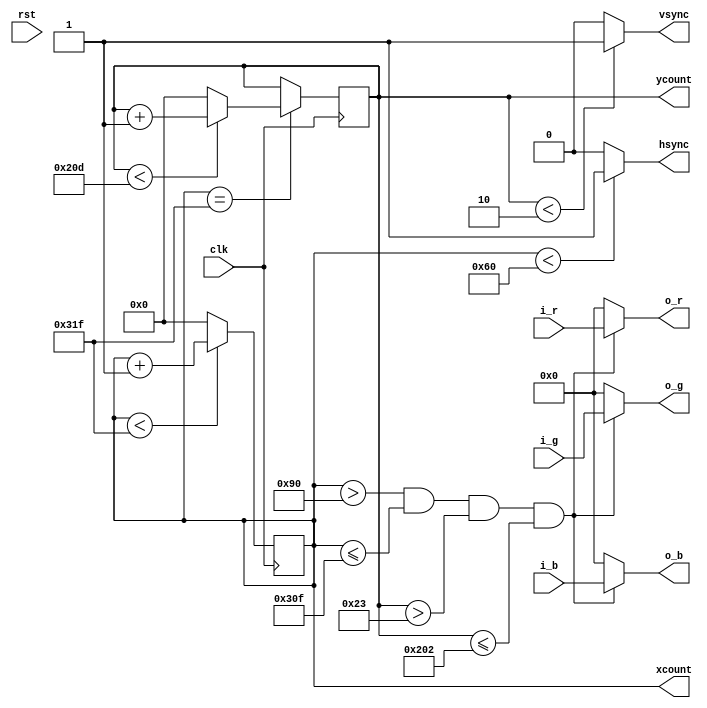
//CREATED BY DYLLON DUNTON AND JACOB WILDES
//ADAPTED FROM https://github.com/dominic-meads/Quartus-Projects
//LAST UPDATED 12/02/21


//THIS MODULE SYNCS TOGETHER THE FPGA BOARD AND THE EXTERNAL MONITOR AND ALLOWS US TO CHANGE PIXEL COLORS

module vgaDriver(
	input clk, // 25mHz clock is needed for the VGADRIVER
	input rst, // The reset will turn off the connection to the VGA DRIVER
	input [3:0] i_r, //red color channel coming from colorZones.v
	input [3:0] i_g, //green color channel coming from colorZones.v
	input [3:0] i_b, //blue color channel coming from colorZones.v
	output vsync, //Vertical Sync
	output hsync, //Horizontal Sync
	output [3:0] o_r, //red color channel output
	output [3:0] o_g, //green color channel output
	output [3:0] o_b, //blue color channel output
	output [9:0] xcount, //keeps track of where current positions is for horizontal
	output [9:0] ycount //keeps track of where current positions is for vertical
);

	//REGISTERS TO HOLD HORIZONTAL AND VERTICAL POSITION
	reg [9:0] counter_x = 0; 
	reg [9:0] counter_y = 0;	
	
	//DECLARE CONSTANTS (WILL BE INMPLEMENTED LATER RATHER THAN HARDCODED VALS BELOW)
	//Horizontal Timing
	parameter HFRONT = 16;
	parameter HSYNCEND = HFRONT + 96;
	parameter HBACKEND = HSYNCEND + 48;
	parameter HVSBLEND = HBACKEND + 640;
	//Vertical Timing
	parameter VFRONT = 10;
	parameter VSYNCEND = VFRONT + 2;
	parameter VBACKEND = VSYNCEND + 33;
	parameter VVSBLEND = VBACKEND + 480;
	

	//BEGIN COUNTER GENERATION
	always @(posedge clk) //horizontal counter
		begin //Constantly cycles counter_x from 0 to 799 then wraps back to 0
			if (counter_x < 799) begin //NOT AT THE END THEN CONTINUE
				counter_x <= counter_x + 10'd1;
			end
			else begin 
				counter_x <= 0;	//AT THEN END RESET BACK
			end	
		end
	always @(posedge clk) //vertical counter
		begin
			if (counter_x == 799) begin //Only counts up once for every cycle through horizontal
				if(counter_y < 525) begin //NOT AT THE END THEN CONTINUE
					counter_y <= counter_y + 10'd1;
				end
				else begin
					counter_y <= 0;	//AT THEN END RESET BACK
				end	
			end	
		end	

	//BEGIN SYNC GENERATION (hsync and vsync)
	assign hsync = (counter_x < 96) ? 1'b1 : 1'b0; //HIGH IF IN RANGE OF SYNC AND LOW IF NOT
	assign vsync = (counter_y < 2) ? 1'b1 : 1'b0;
	
	//ASSIGN COLOR CHANNELS IF ON THE SCREEN BASED OFF OF COLORS COMING FROM COLORZONES.V INPUTS
	assign o_r[3:0] = (counter_x > 144  && counter_x <= 783 && counter_y > 35  && counter_y <= 514) ? i_r[3:0] : 4'b0000 ; 
	assign o_g[3:0] = (counter_x > 144  && counter_x <= 783 && counter_y > 35  && counter_y <= 514) ? i_g[3:0] : 4'b0000 ; 
	assign o_b[3:0] = (counter_x > 144  && counter_x <= 783 && counter_y > 35  && counter_y <= 514) ? i_b[3:0] : 4'b0000 ; 

	//LINK COUNTER REGISTERS TO ACTUAL OUTPUTS
	assign xcount = counter_x;
	assign ycount = counter_y;

endmodule